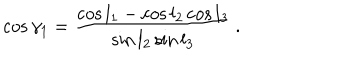
LaTeX: \cos \gamma _ { 1 } = { \frac { \cos l _ { 1 } - \cos l _ { 2 } \cos l _ { 3 } } { \sin l _ { 2 } \sin l _ { 3 } } } \, .